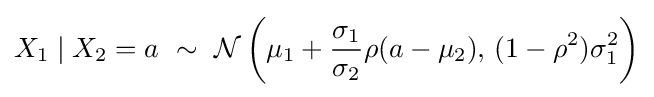
X_{1}\mid X_{2}=a\ \sim \ {\mathcal {N}}\left(\mu _{1}+{\frac {\sigma _{1}}{\sigma _{2}}}\rho (a-\mu _{2}),\,(1-\rho ^{2})\sigma _{1}^{2}\right)